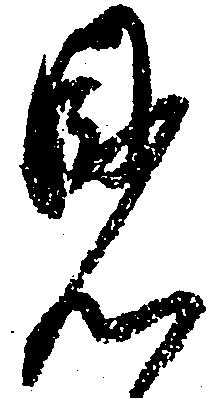
見